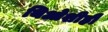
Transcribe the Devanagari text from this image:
थिओशीही